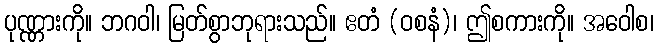
ပုဏ္ဏားကို။ ဘဂဝါ၊ မြတ်စွာဘုရားသည်။ ဧတံ (ဝစနံ)၊ ဤစကားကို။ အဝေါစ၊